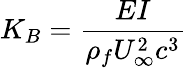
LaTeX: K_{B}=\frac{EI}{\rho_{f}U_{\infty}^{2}c^{3}}